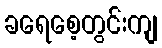
ခရေစေ့တွင်းကျ